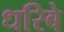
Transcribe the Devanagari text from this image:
धरिबे